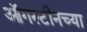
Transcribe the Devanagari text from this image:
ऑगस्टीनच्या